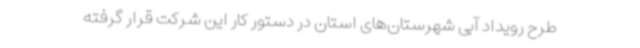
طرح رویداد آبی شهرستان‌های استان در دستور کار این شرکت قرار گرفته